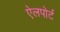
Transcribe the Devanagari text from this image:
ऐलपोर्ट